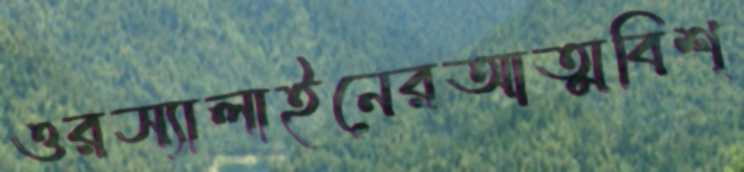
ওরস্যালাইনেরআত্মবিশ্